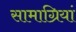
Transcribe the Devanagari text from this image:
सामाग्रियां